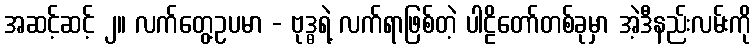
အဆင့်ဆင့် ၂။ လက်တွေ့ဥပမာ - ဗုဒ္ဓရဲ့ လက်ရာဖြစ်တဲ့ ပါဠိတော်တစ်ခုမှာ အဲ့ဒီနည်းလမ်းကို